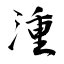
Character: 湩